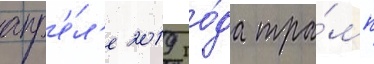
апр'е́л'е 2019 го́да тра́мп